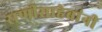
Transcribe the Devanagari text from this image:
राणीसाहेबांनी